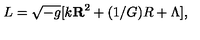
L = \sqrt { - g } [ k { \bf R } ^ { 2 } + ( 1 / G ) R + \Lambda ] ,